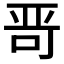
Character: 𱒭